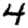
Digit: 4